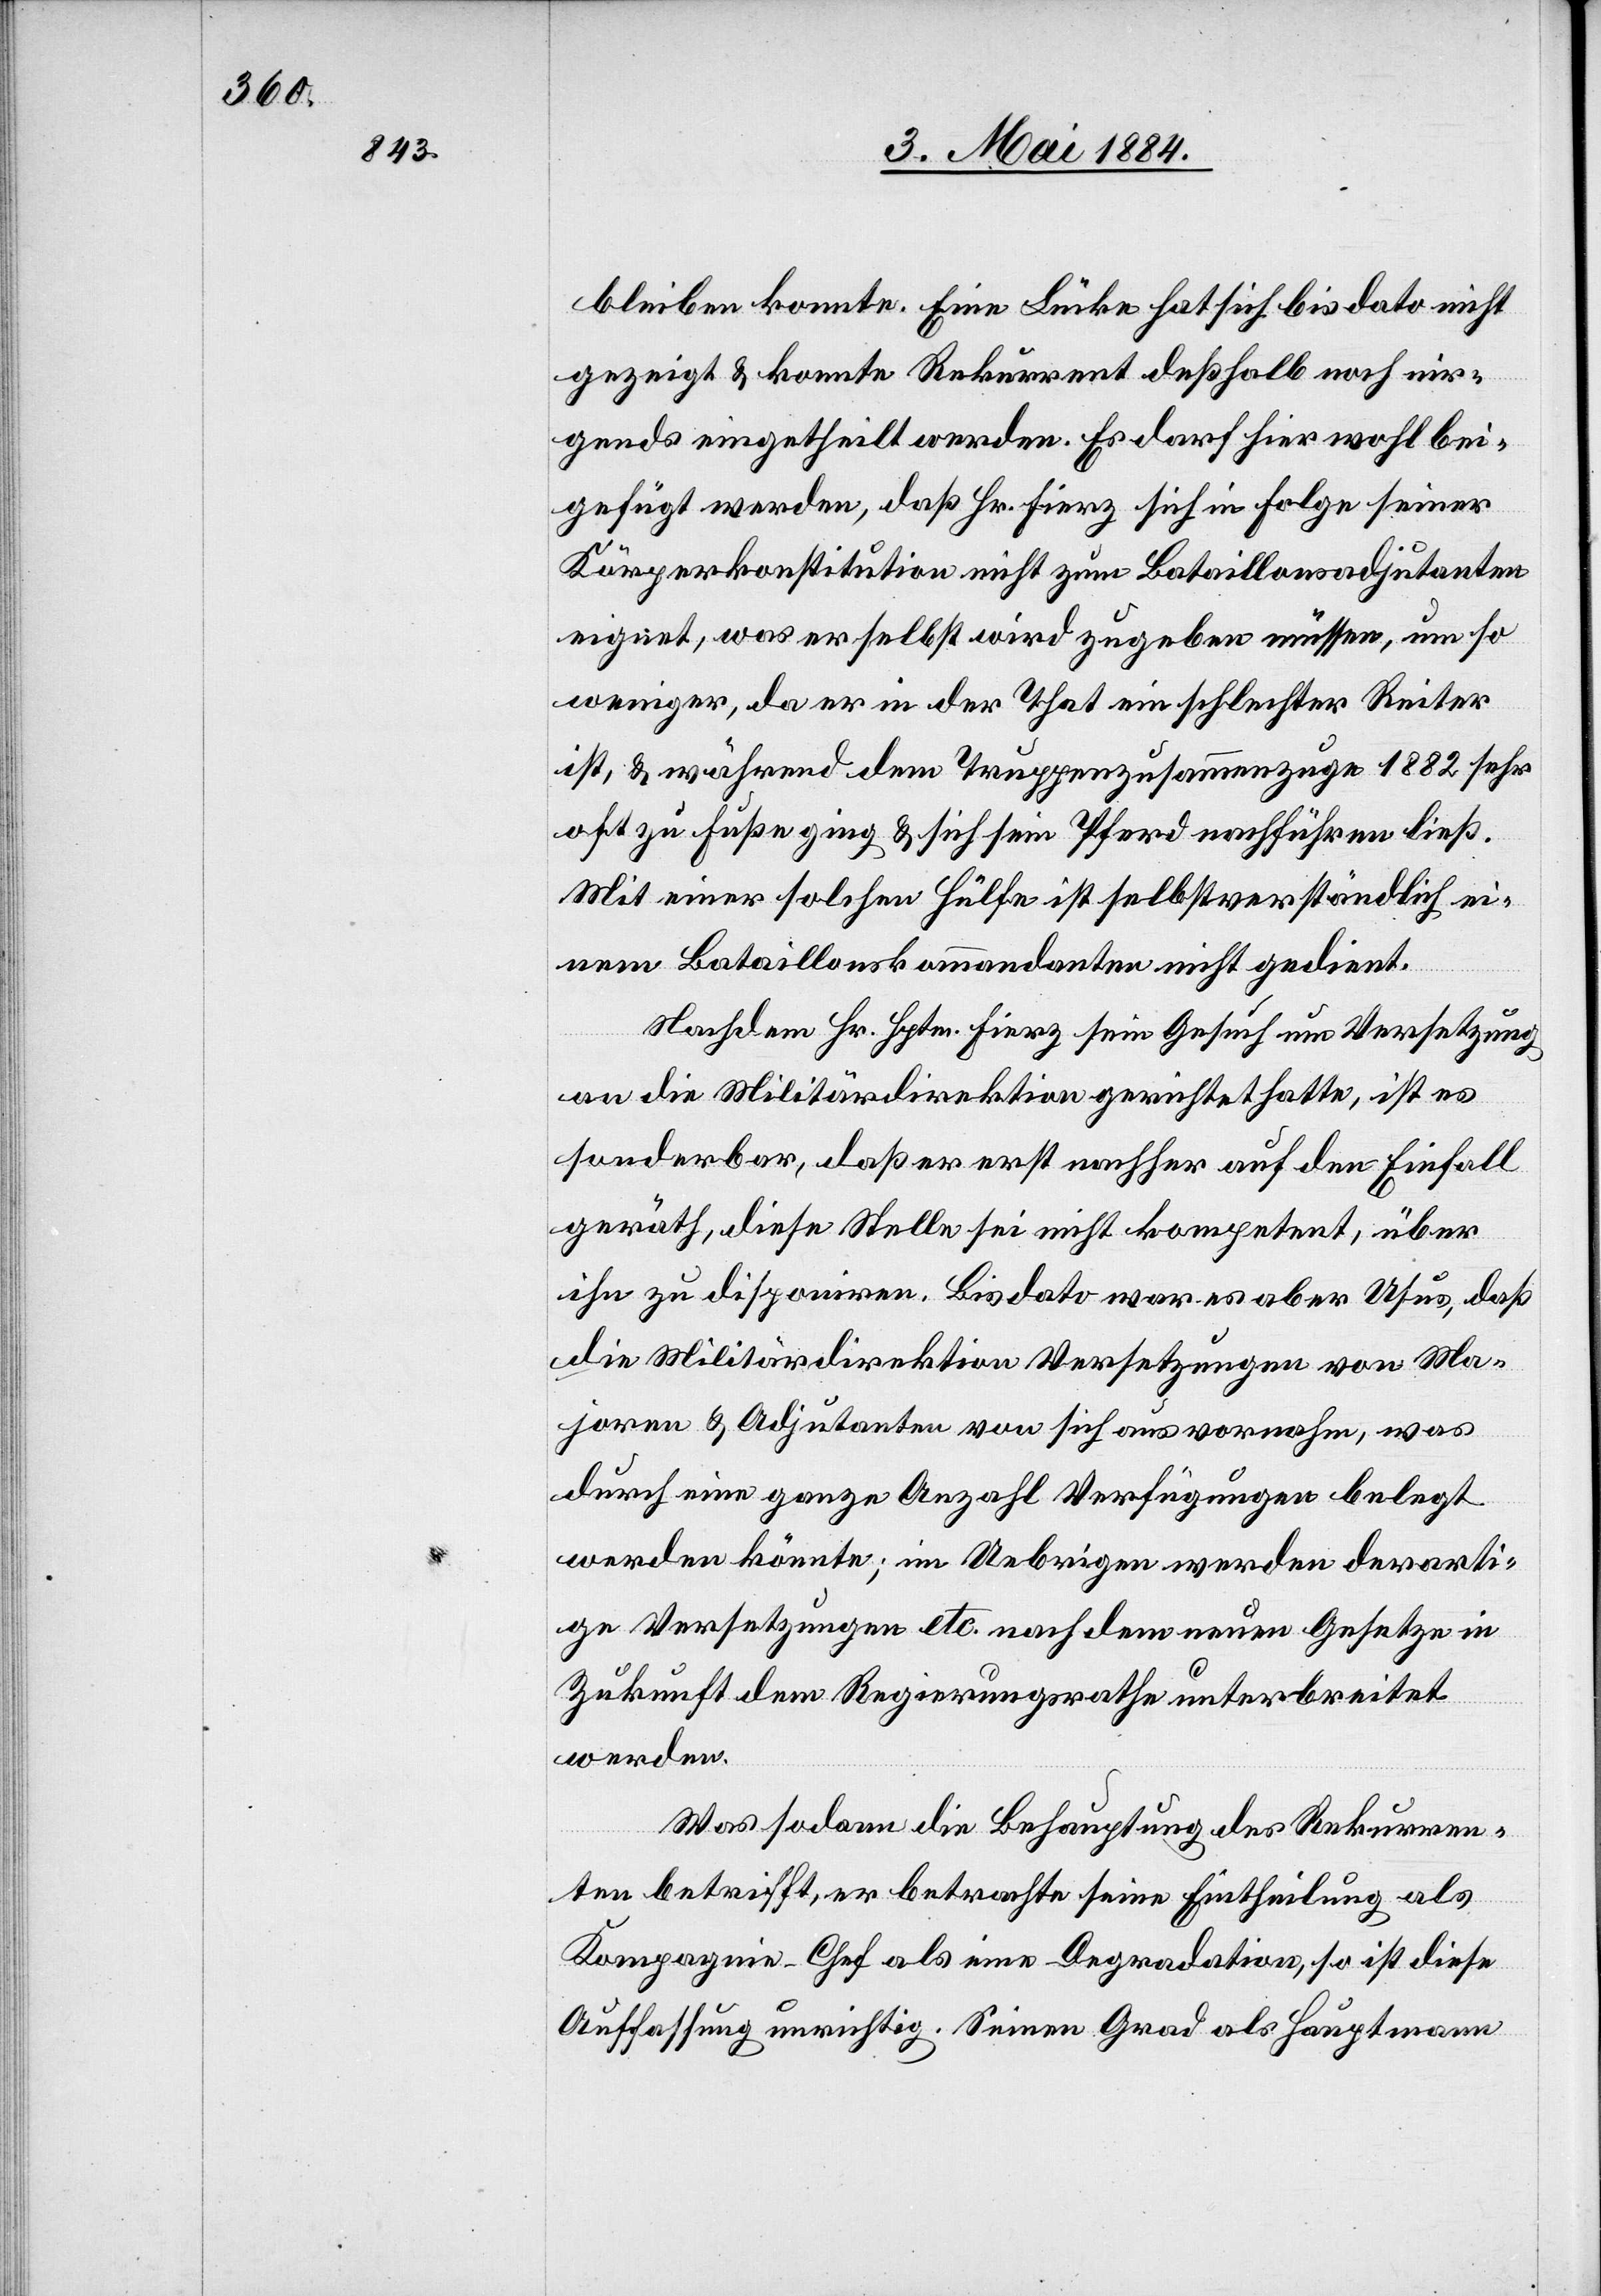
bleiben konnte. Eine Lücke hat sich bis dato nicht
gezeigt & konnte Rekurrent deßhalb noch nir¬
gends eingetheilt werden. Es darf hier wohl bei¬
gefügt werde, daß Hr. Fierz sich in Folge seiner
Körperkonstitution nicht zum Bataillonsadjutanten
eignet, was er selbst wird zugeben müssen, um so
weniger, da er in der That ein schlechter Reiter
ist, & während dem Truppenzusammenzuge 1882 sehr
oft zu Fuße ging & sich sein Pferd nachführen ließ.
Mit einer solchen Hülfe ist selbstverständlich ei¬
nem Bataillonskommandanten nicht gedient.
Nachdem Hr. Hptm. Fierz sein Gesuch um Versetzung
an die Militärdirektion gerichtet hatte, ist es
sonderbar, daß er erst nachher auf den Einfall
geräth, diese Stelle sei nicht kompetent, über
ihn zu disponiren. Bis dato war es aber Usus, daß
die Militärdirektion Versetzungen von Ma¬
joren & Adjutanten von sich aus vornahm, was
durch eine ganze Anzahl Verfügungen belegt
werden könnte; im Uebrigen werden derarti¬
ge Versetzungen etc. nach dem neuen Gesetze in
Zukunft dem Regierungsrathe unterbreitet
werden.
Was sodann die Behauptung des Rekurren¬
ten betrifft, er betrachte seine Eintheilung als
Kompagnie-Chef als eine Degradation, so ist diese
Auffassung unrichtig. Seinen Grad als Hauptmann